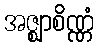
အဇ္ဈာစိဏ္ဏံ